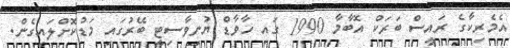
އެމެރިކާގެ ރައީސް ބަރަކް އޮބާމާ 1990 ގައި ހާވާޑް ޔުނިވާސިޓީ ބޭރުގައި މަޑުކޮށްލައިގެން.